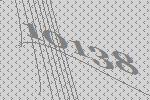
10138